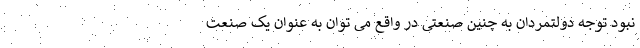
نبود توجه دولتمردان به چنین صنعتی در واقع می توان به عنوان یک صنعت